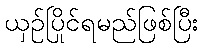
ယှဉ်ပြိုင်ရမည်ဖြစ်ပြီး